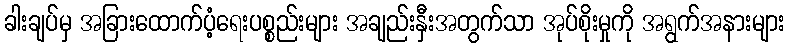
ခါးချပ်မှ အခြားထောက်ပံ့ရေးပစ္စည်းများ အချည်းနှီးအတွက်သာ အုပ်စိုးမှုကို အရွက်အနားများ